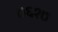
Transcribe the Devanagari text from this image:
७६१७